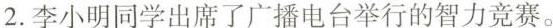
2.李小明同学出席了广播电台举行的智力竞赛。